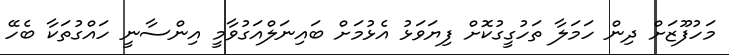
މަހުފޫޒަށް ދިން ހަމަލާ ތަހުގީގުކޮށް ފިޔަވަޅު އެޅުމަށް ބައިނަލްއަގުވާމީ އިންސާނީ ހައްގުތަކާ ބެހޭ